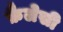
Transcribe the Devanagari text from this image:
फ़ैलेसी